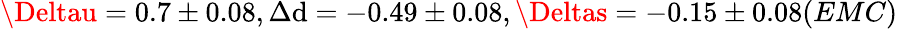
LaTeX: \Deltau=0.7\pm0.08,\Delta\mathrm{d}=-0.49\pm0.08,\Deltas=-0.15\pm0.08(EMC)